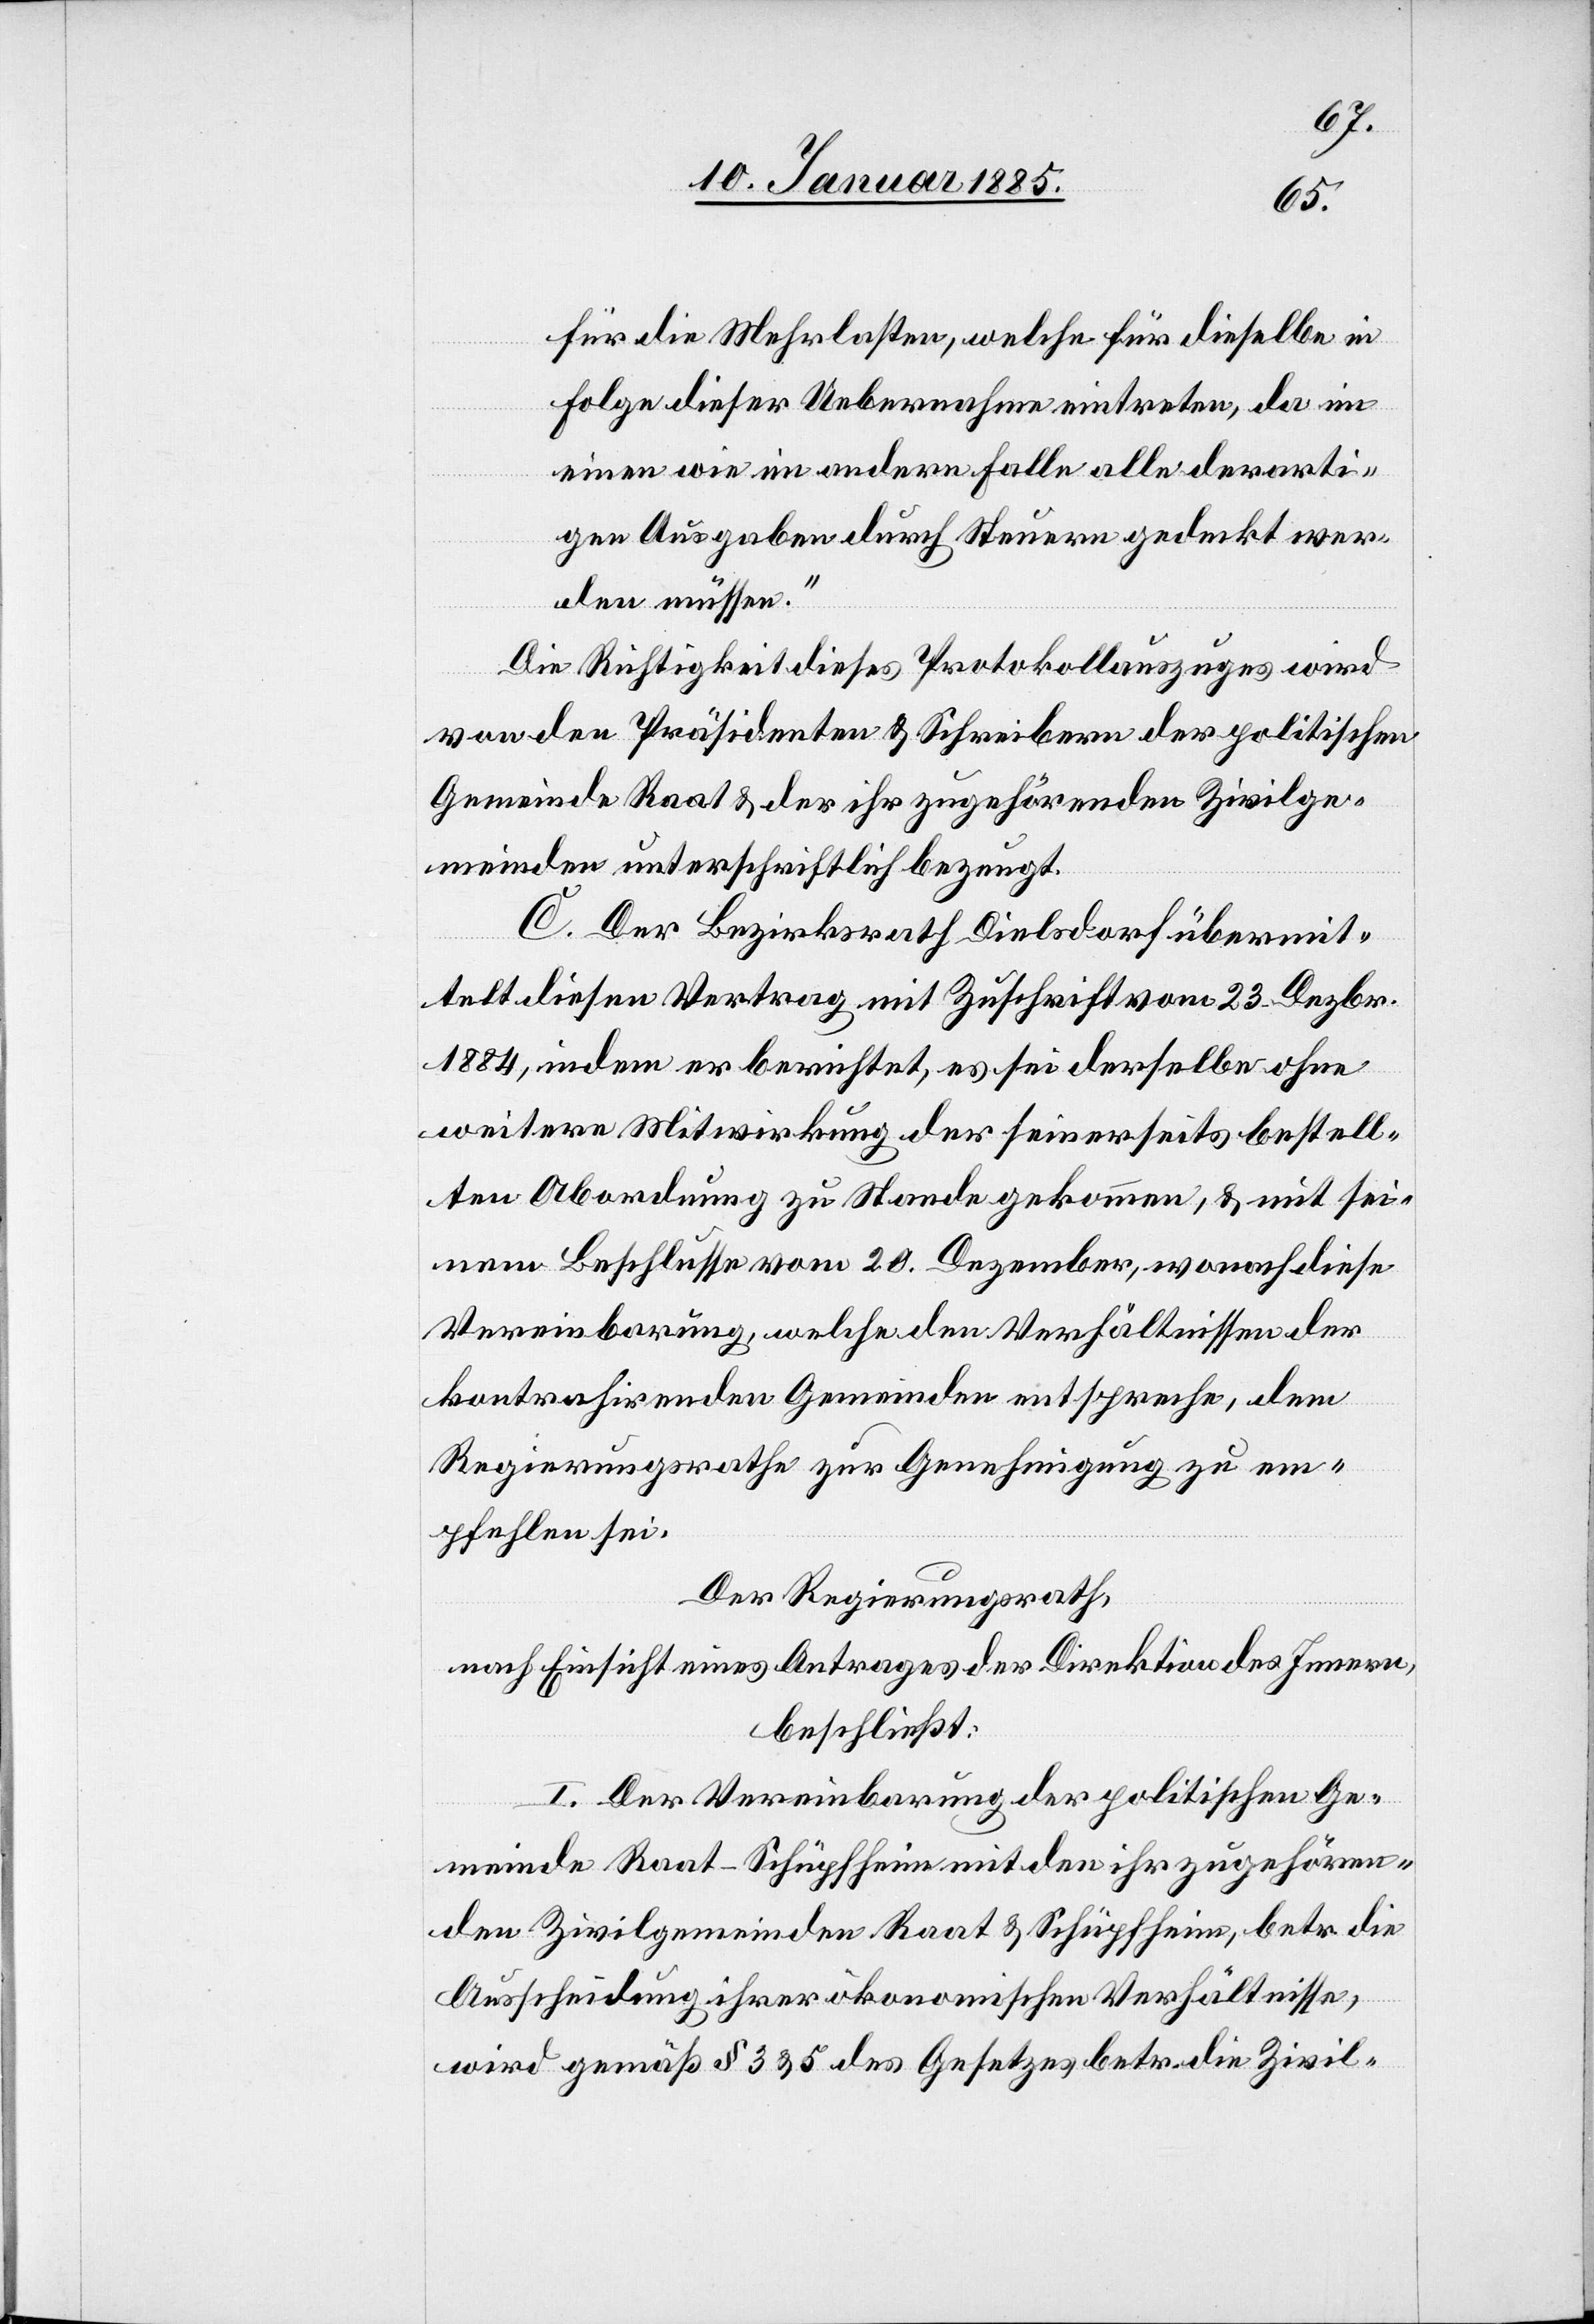
für die Mehrlasten, welche für dieselbe in
Folge dieser Uebernahme eintreten, da im
einen wie im andern Falle alle derarti¬
gen Ausgaben durch Steuern gedeckt wer¬
den müssen.“
Die Richtigkeit dieses Protokollauszuges wird
von den Präsidenten & Schreibern der politischen
Gemeinde Raat & der ihr zugehörenden Zivilge¬
meinden unterschriftlich bezeugt.
C. Der Bezirksrath Dielsdorf übermit¬
telt diesen Vertrag mit Zuschrift vom 23. Dezbr.
1884, indem er berichtet, es sei derselbe ohne
weitere Mitwirkung der hierseits bestell¬
ten Abordnung zu Stande gekommen, & mit sei¬
nem Beschlusse vom 20. Dezember, wonach diese
Vereinbarung, welche den Verhältnissen der
kontrahirenden Gemeinden entspreche, dem
Regierungsrathe zur Genehmigung zu em¬
pfehlen sei.
Der Regierungsrath,
nach Einsicht eines Antrages der Direktion des Innern,
beschließt:
I. Der Vereinbarung der politischen Ge¬
meinde Raat-Schüpfheim mit den ihr zugehören¬
den Zivilgemeinden Raat & Schüpfheim, betr. die
Ausscheidung ihrer ökonomischen Verhältnisse,
wird gemäß § 3 & 5 des Gesetzes betr. die Zivil-